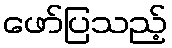
ဖော်ပြသည့်